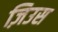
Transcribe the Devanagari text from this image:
ज़िउस